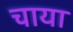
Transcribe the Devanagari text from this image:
चाया